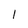
Character: l